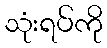
သုံးရပ်ကို